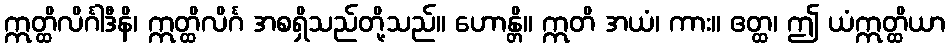
ဣတ္ထိလိင်္ဂါဒီနိ၊ ဣတ္ထိလိင်္ဂ အစရှိသည်တို့သည်။ ဟောန္တိ။ ဣတိ အယံ၊ ကား။ ဧတ္ထ၊ ဤ ယံဣတ္ထိယာ